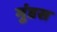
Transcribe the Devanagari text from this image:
मुंडस